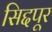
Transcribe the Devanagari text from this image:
सिद्दपूर